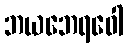
ဘယဘေရဝေါ